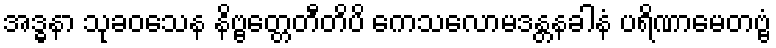
အဒ္ဓနာ သုခဝသေန နိဗ္ဗတ္တေတီတိပိ ကေသလောမဒန္တနခါနံ ပရိဏာမေတဗ္ဗံ